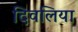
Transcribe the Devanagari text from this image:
दिवलिया